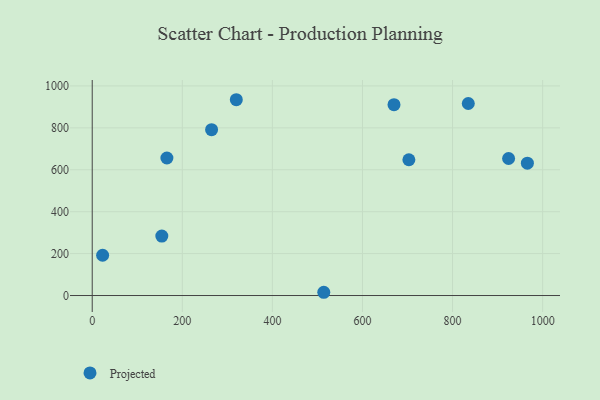
{"axis": {"x": "Ad Spend", "y": "Exam Score"}, "legend": ["Projected"], "data": [{"x": "670.0", "y": 910.6, "type": "Projected"}, {"x": "834.9", "y": 916.4, "type": "Projected"}, {"x": "703.0", "y": 647.9, "type": "Projected"}, {"x": "154.5", "y": 283.7, "type": "Projected"}, {"x": "23.1", "y": 192.2, "type": "Projected"}, {"x": "924.4", "y": 653.8, "type": "Projected"}, {"x": "514.1", "y": 15.5, "type": "Projected"}, {"x": "319.9", "y": 934.3, "type": "Projected"}, {"x": "165.8", "y": 656.2, "type": "Projected"}, {"x": "265.0", "y": 791.5, "type": "Projected"}, {"x": "966.1", "y": 631.3, "type": "Projected"}]}